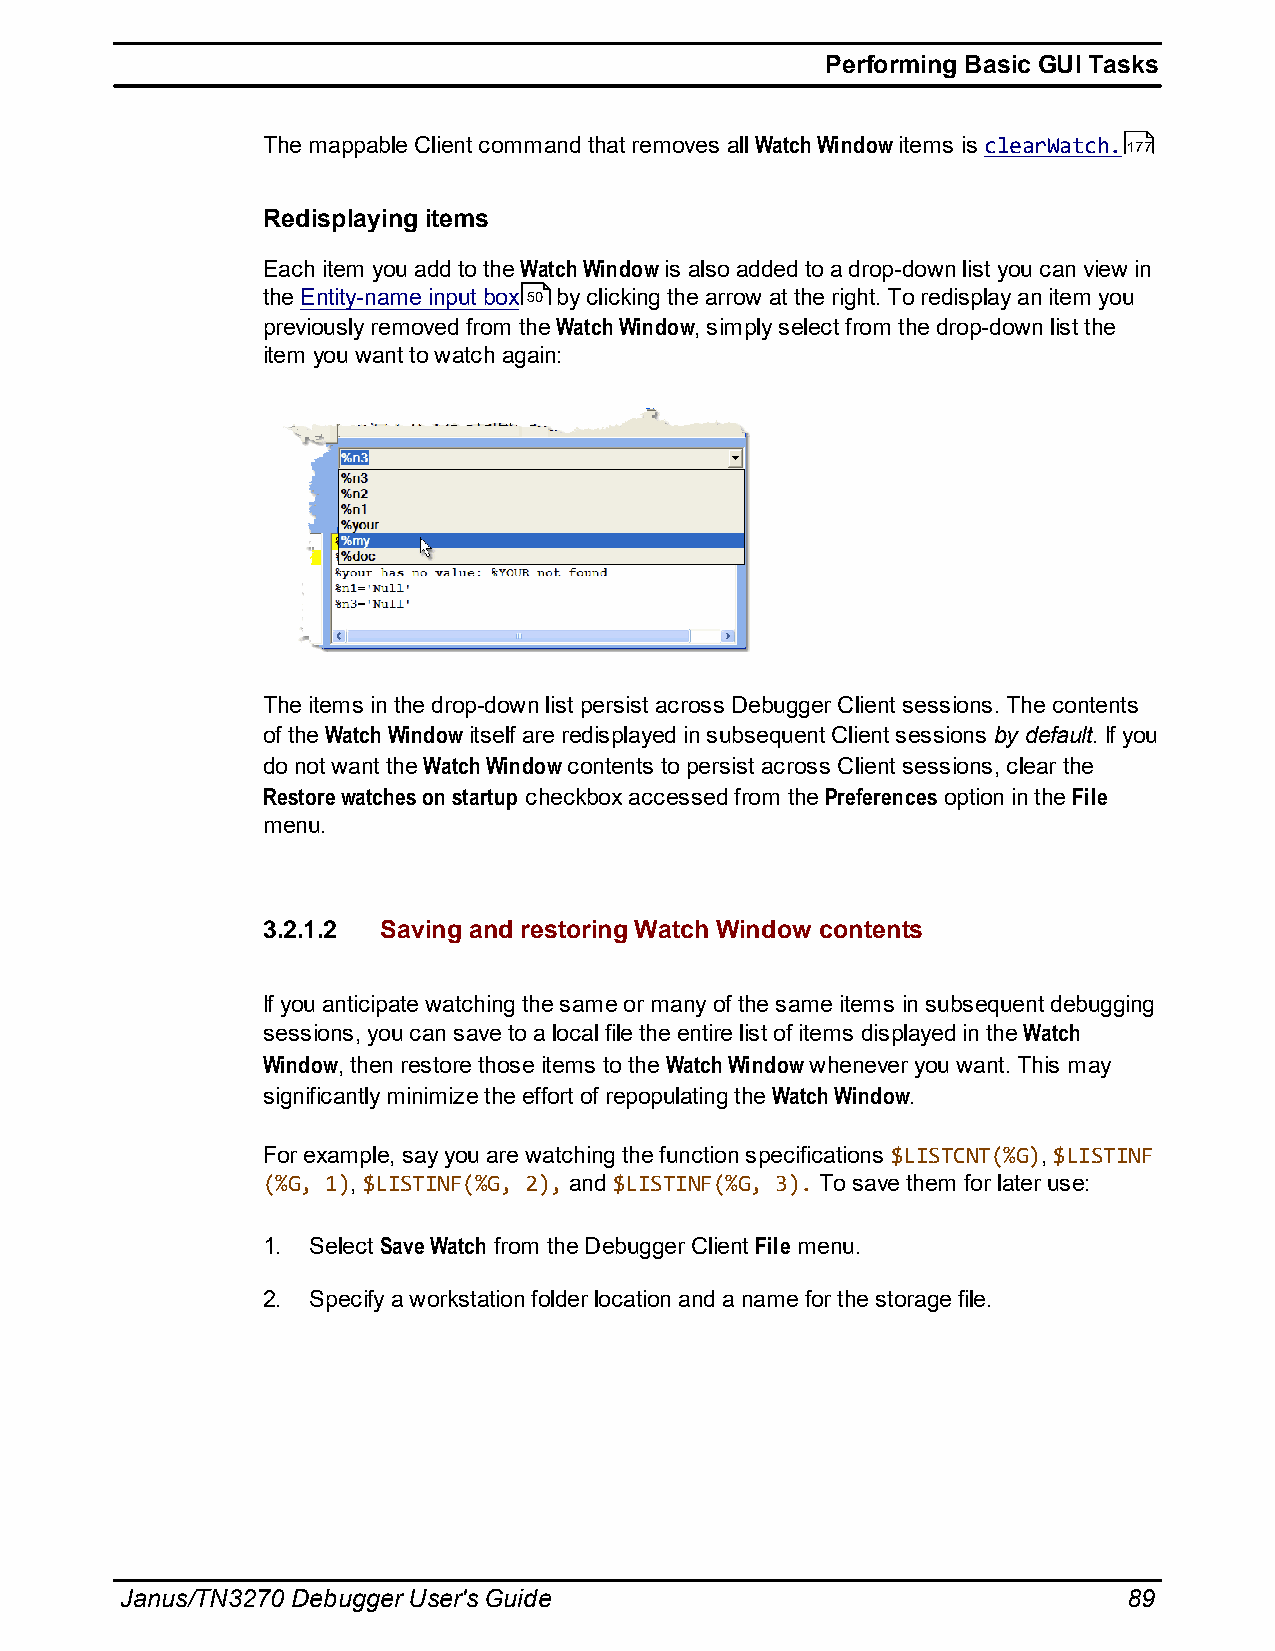
Performing Basic GUI Tasks
 The mappable Client command that removes all Watch Window items is clearWatch.177
 Redisplaying items
 Each item you add to the Watch Window is also added to a drop-down list you can view in
 the Entity-name input box 50 by clicking the arrow at the right. To redisplay an item you
 previously removed from the Watch Window, simply select from the drop-down list the
 item you want to watch again:
 The items in the drop-down list persist across Debugger Client sessions. The contents
 of the Watch Window itself are redisplayed in subsequent Client sessions by default. If you
 do not want the Watch Window contents to persist across Client sessions, clear the
 Restore watches on startup checkbox accessed from the Preferences option in the File
 menu.
 3.2.1.2 Saving and restoring Watch Window contents
 If you anticipate watching the same or many of the same items in subsequent debugging
 sessions, you can save to a local file the entire list of items displayed in the Watch
 Window, then restore those items to the Watch Window whenever you want. This may
 significantly minimize the effort of repopulating the Watch Window.
 For example, say you are watching the function specifications $LISTCNT(%G), $LISTINF
 (%G, 1), $LISTINF(%G, 2), and $LISTINF(%G, 3). To save them for later use:
 1. Select Save Watch from the Debugger Client File menu.
 2. Specify a workstation folder location and a name for the storage file.
 Janus/TN3270 Debugger User's Guide                                 89